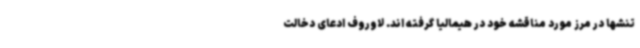
تنشها در مرز مورد مناقشه خود در هیمالیا گرفته اند. لاوروف ادعای دخالت